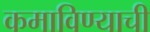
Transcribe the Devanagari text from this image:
कमाविण्याची